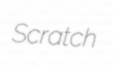
Scratch